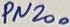
Text: PN200